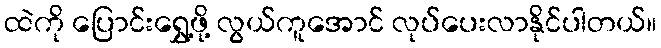
ထဲကို ပြောင်းရွှေ့ဖို့ လွယ်ကူအောင် လုပ်ပေးလာနိုင်ပါတယ်။